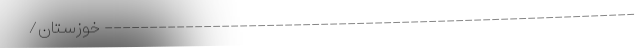
----------------------------------------------------------- خوزستان/